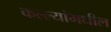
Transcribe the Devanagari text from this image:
कल्ल्यांमधील